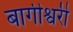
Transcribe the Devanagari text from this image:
बागीश्वरी